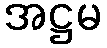
အဋ္ဌမ